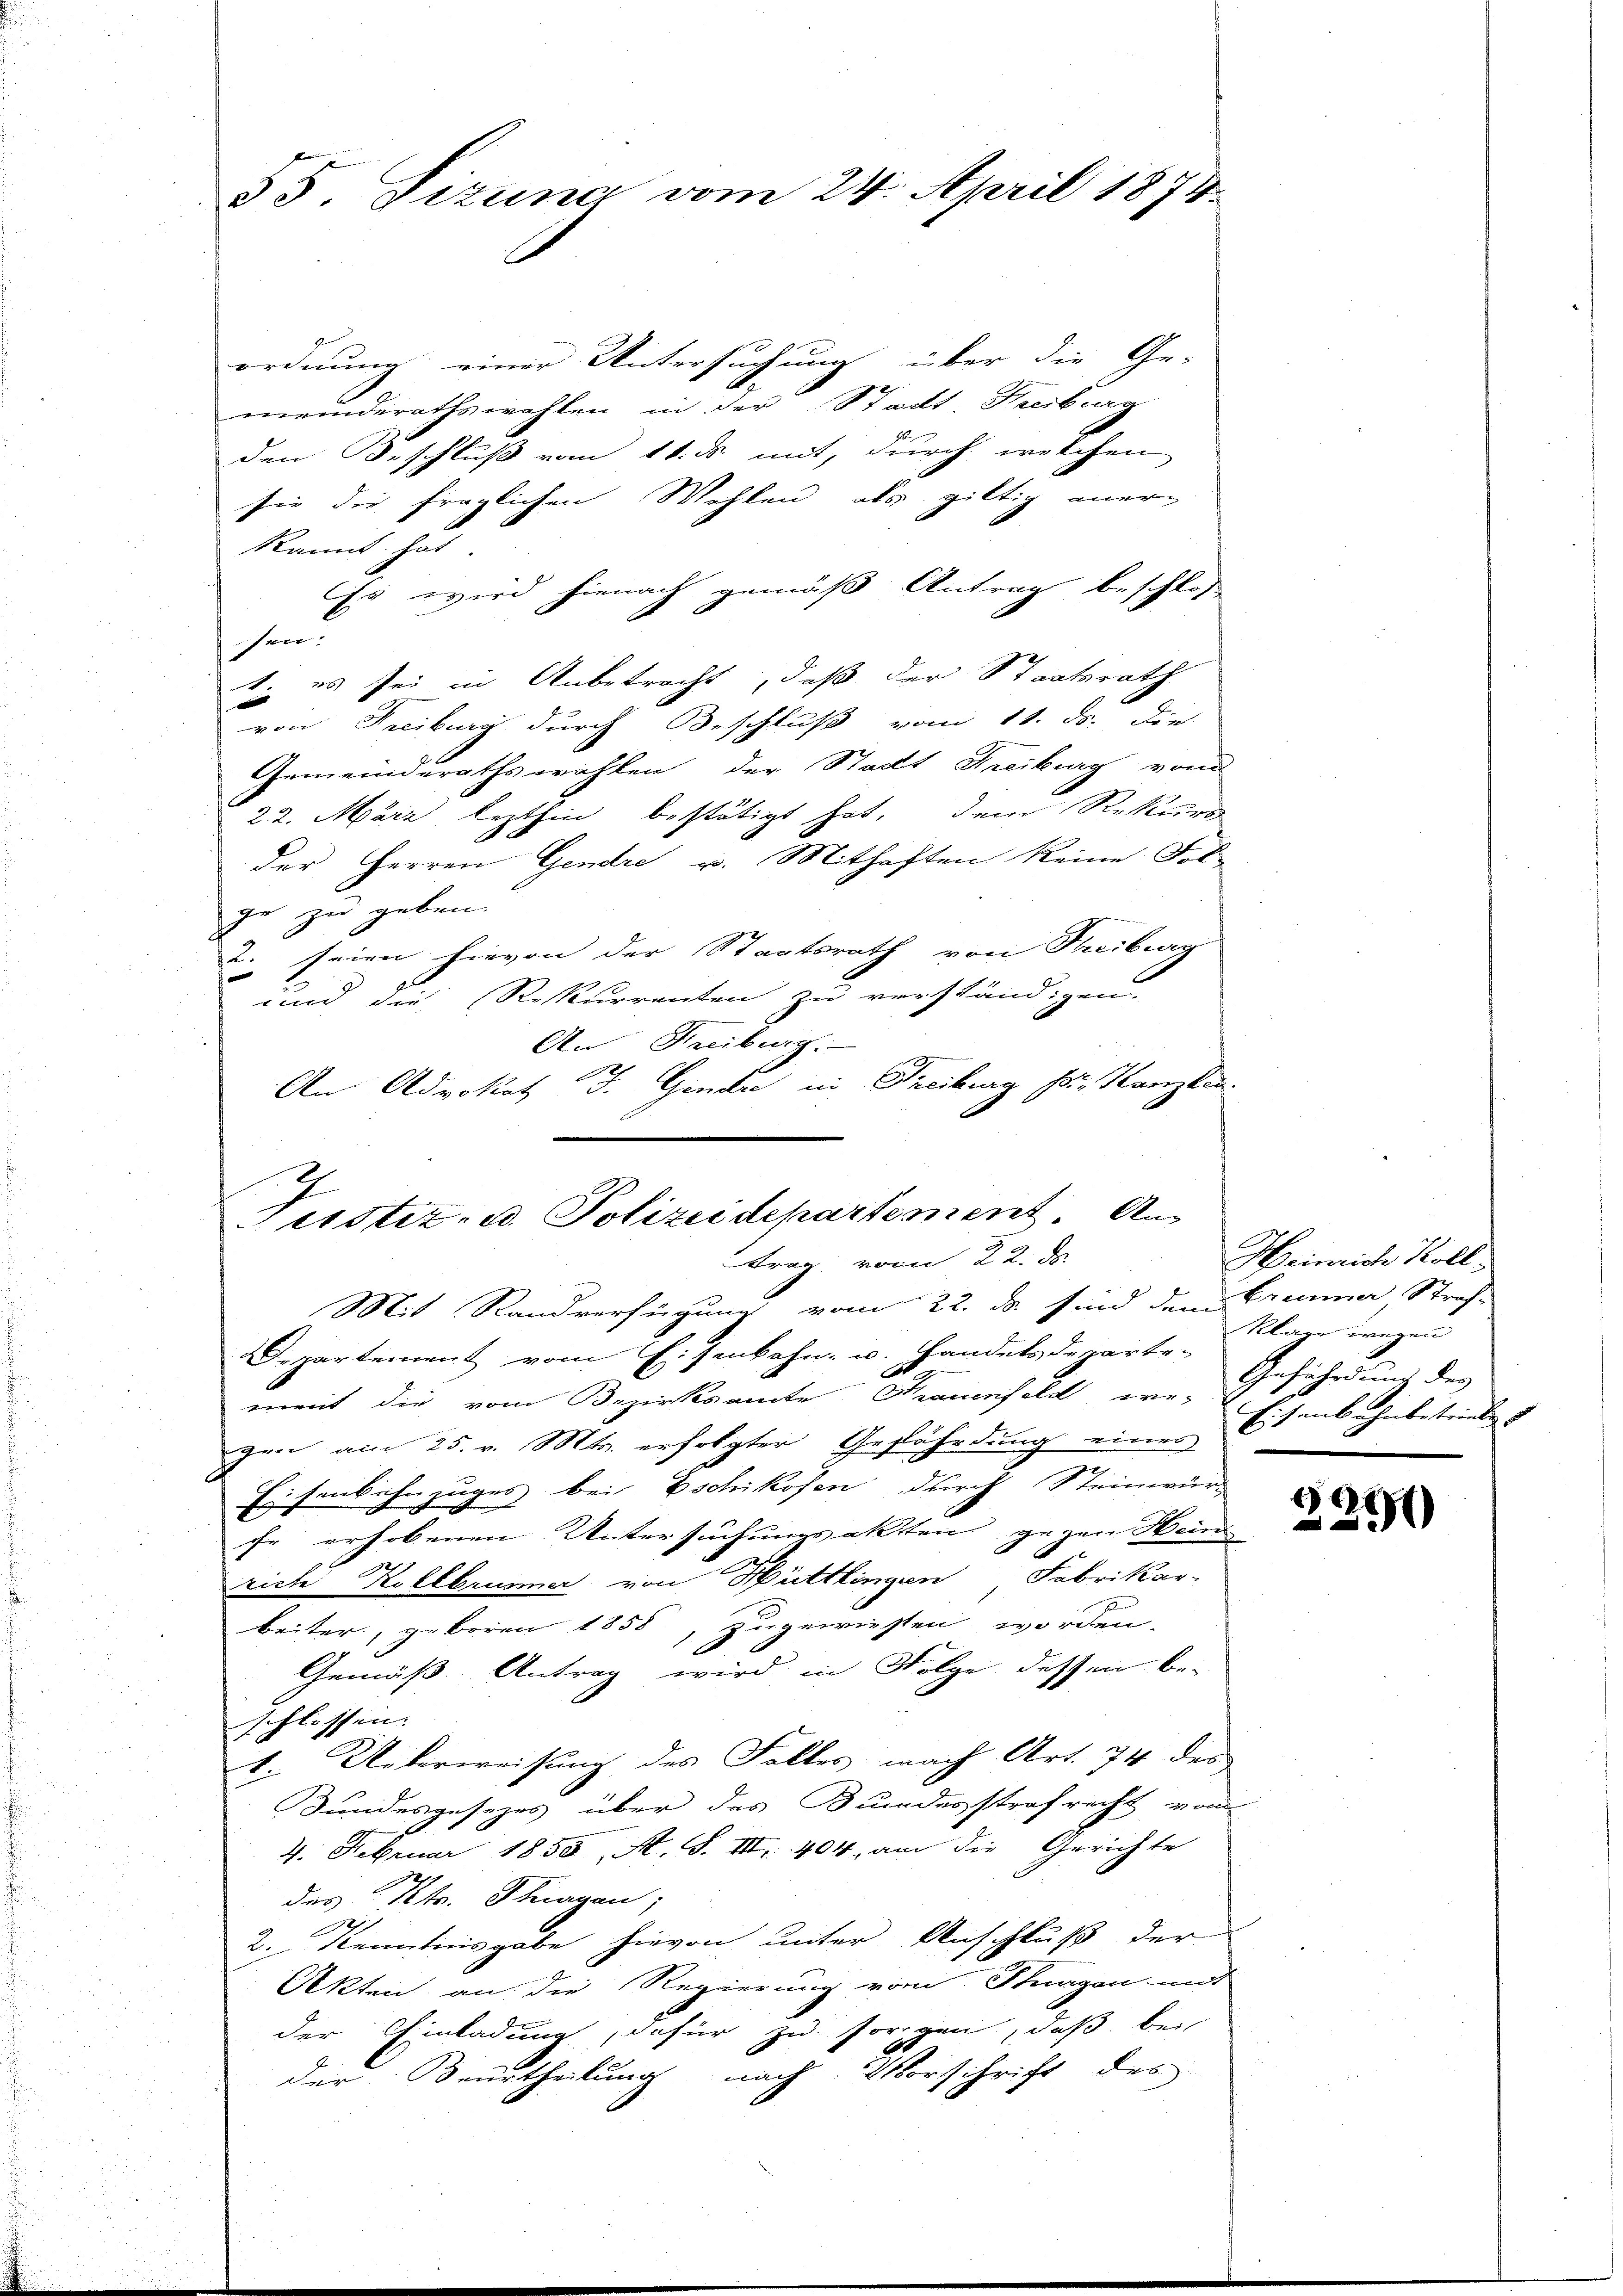
55. Sizung vom 24. April 1874

ordnung einer Untersuchung über die Ge-
meinderathswahlen in der Stadt, Freiburg
den Beschluß vom 11. ds. mit, durch welchen
sie die fraglichen Wahlen, als giltig aner
kannt hat
Es wird hienach gemäß Antrag beschloss
hen.
t: es sei in Anbetracht, daß der Staatsrath
von Freiburg durch Beschluß vom 11. ds. die
Gemeinderathswahlen der Stadt Freiburg vom
22. März lezthin bestätigt hat, dem Rekurs
der Herren Gendre u. Mithaften keine Fol-
ge zu geben.
seien hievon der Staatsrath von Freiburg
u.
und die Rekurrenten zu verständigen.
An Freiburg.
An Advokat J. Gendre in Freiburg pr. Kanzler.

Justiz- u. Polizeidepartement. An
ttrag vom 22. ds.

MMit Randverfügung vom 22. ds. sind dem Brenner Straf-
Departement vom Eisenbahn- u. Handelsdeparte-
meit die vom Bezirksamte Trauenfeld we-
gen am 25. v. Mts. erfolgter Gefährdung eines Eisenbahnbetriebe u
Eisenbahnzuges bei schikosen durch Steinwär-
fe erhobenen Untersuchungsakten gegen Hein
rich Kollbrunner von Hüttlingen Fabrikar-
beiter, geboren 1858, zugewiesen worden.
Gemäß Antrag wird in Folge dessen be-
schlossen. |
1. Ueberweisung des Falles nach Art. 74 des
Bundesgesezes über das Bundesstrafrecht von
4. Februar 1855, A. S. III 404, am die Gerichte
des Kts. Tragen;
2. Kenntnisgabe hievon unter Anschluß der
Akten an die Regierung vom Stugen mit
der Einladung, dafür zu sorgen, daß bei
der Beurtheilung nach Vorschrift des

Heinrich Koll
Klage wegen
Gefährdung des
e

x
350